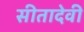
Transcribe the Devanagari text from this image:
सीतादेवी